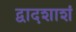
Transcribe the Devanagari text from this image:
द्वादशाशं